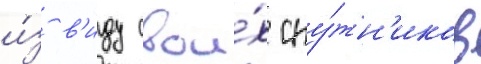
и́з в'иду свои́х спу́тн'иков